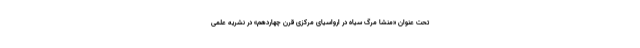
تحت عنوان «منشا مرگ سیاه در ارواسیای مرکزی قرن چهاردهم» در نشریه علمی